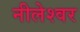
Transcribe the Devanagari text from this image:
नीलेश्‍वर